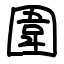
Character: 圍